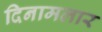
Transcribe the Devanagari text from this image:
दिनामलार